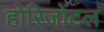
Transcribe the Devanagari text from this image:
होरिजोंटल